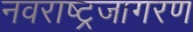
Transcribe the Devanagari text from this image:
नवराष्ट्रजागरण